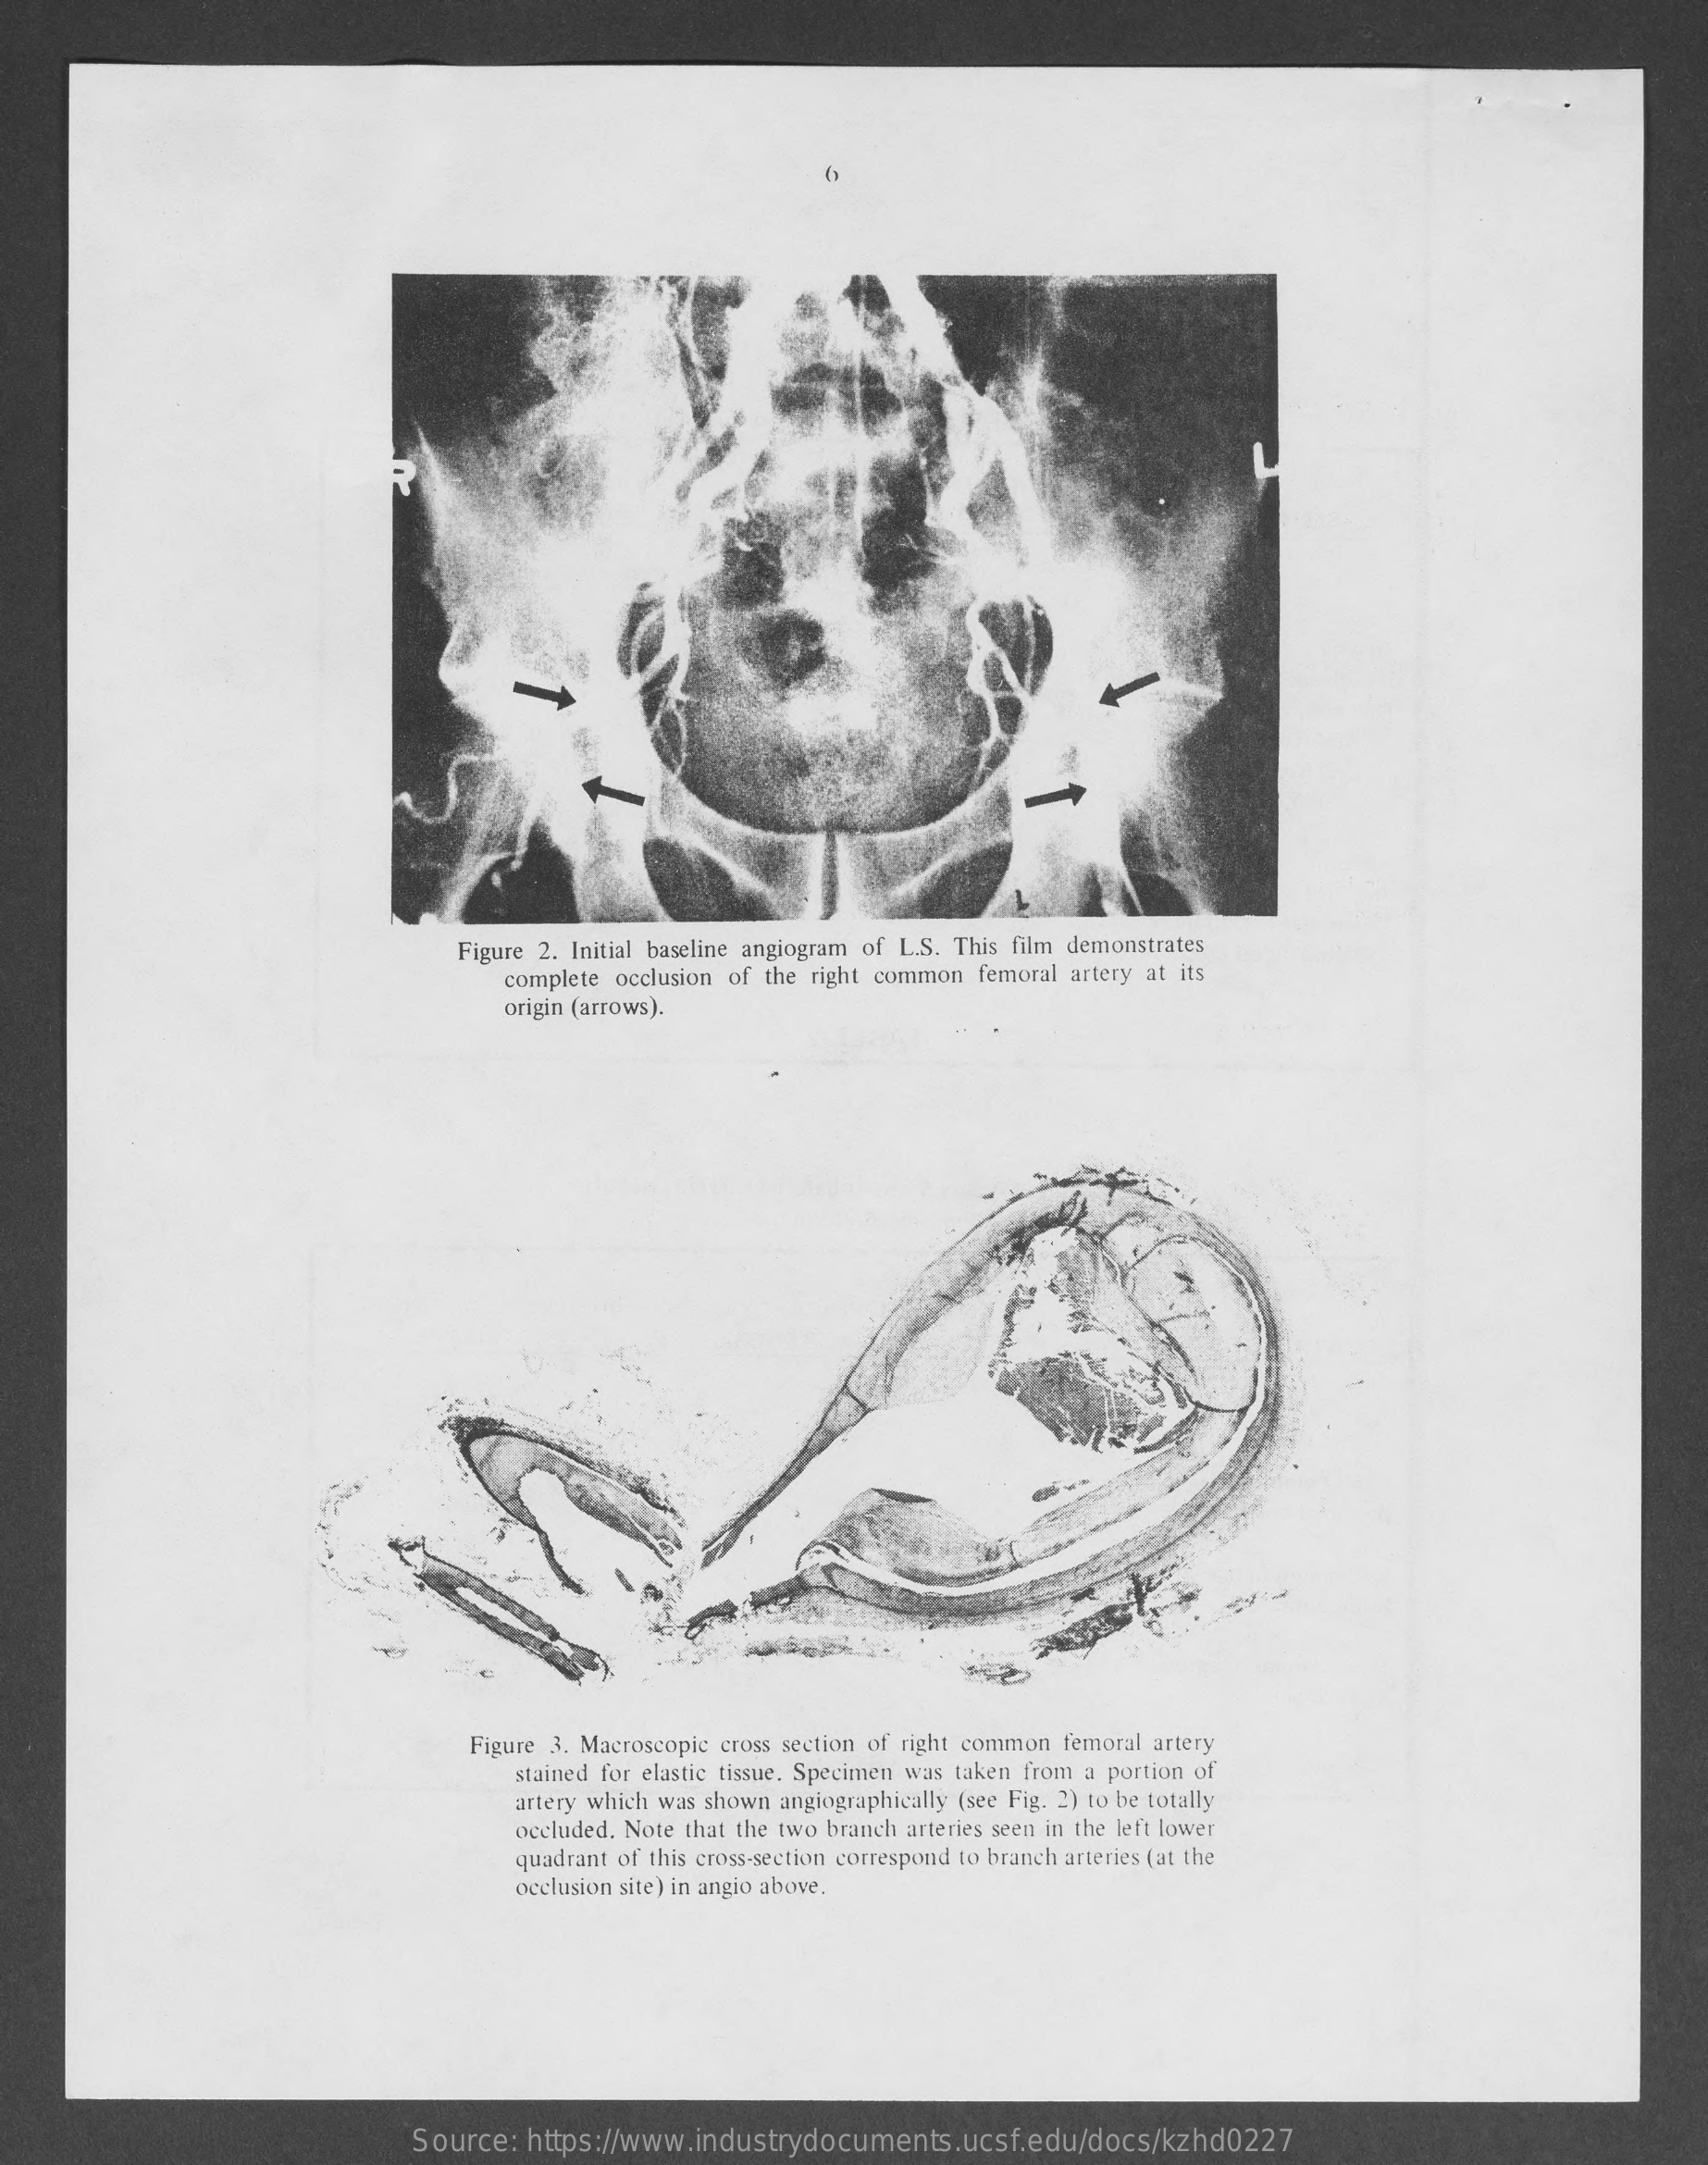
Figure 2. Initial baseline angiogram of L.S. This film demonstrates
     complete occlusion of the right common femoral artery at its
     origin (arrows).
     Figure 3. Macroscopic cross section of right common femoral artery
     stained for elastic tissue. Specimen was taken from a portion of
     artery which was shown angiographically (see Fig. 2) to be totally
     occluded. Note that the two branch arteries seen in the left lower
     quadrant of this cross-section correspond to branch arteries (at the
     occlusion site) in angio above.
     Source: https://www.industrydocuments.ucsf.edu/docs/kzhd0227